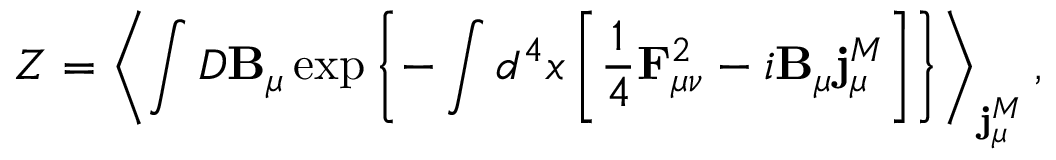
{ \cal Z } = \left< \int D { \bf B } _ { \mu } \exp \left\{ - \int d ^ { 4 } x \left[ \frac 1 4 { \bf F } _ { \mu \nu } ^ { 2 } - i { \bf B } _ { \mu } { \bf j } _ { \mu } ^ { M } \right] \right\} \right> _ { { \bf j } _ { \mu } ^ { M } } ,